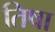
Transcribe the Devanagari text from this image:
तिषा